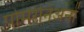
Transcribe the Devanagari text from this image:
पोमेरेनिअनों